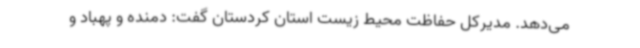
می‌دهد. مدیرکل حفاظت محیط زیست استان کردستان گفت: دمنده و پهباد و